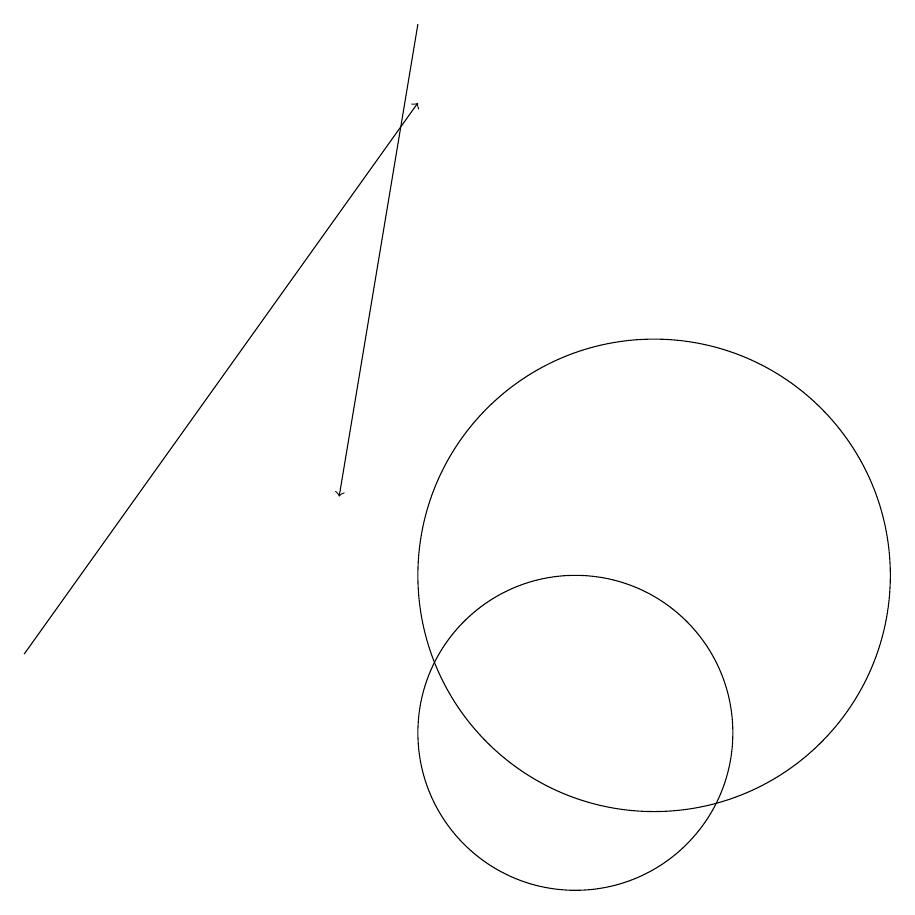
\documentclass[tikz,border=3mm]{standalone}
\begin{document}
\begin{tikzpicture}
\draw[->] (8,19) -- (7,13);
\draw (11,12) circle (3);
\draw[->] (3,11) -- (8,18);
\draw (10,10) circle (2);
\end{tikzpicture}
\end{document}